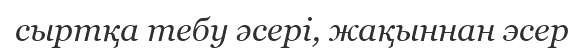
сыртқа тебу әсері, жақыннан эсер